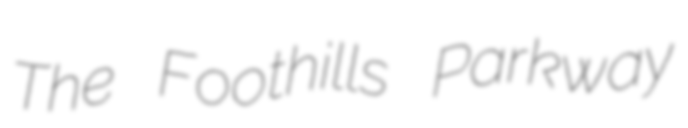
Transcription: The Foothills Parkway